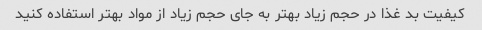
کیفیت بد غذا در حجم زیاد بهتر به جای حجم زیاد از مواد بهتر استفاده کنید